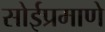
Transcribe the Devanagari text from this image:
सोईप्रमाणे